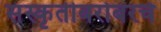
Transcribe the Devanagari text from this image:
संस्कृतीबरोबरचे